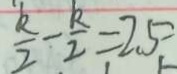
\frac { k } { 2 } - \frac { k } { 2 } = 2 . 5 -